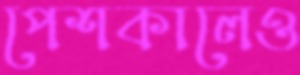
পেশকালেও